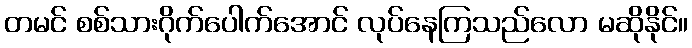
တမင် စစ်သားဂိုက်ပေါက်အောင် လုပ်နေကြသည်လော မဆိုနိုင်။